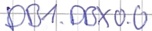
Text: DB1.DBX0.0